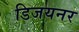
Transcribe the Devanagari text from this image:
डिजयनर